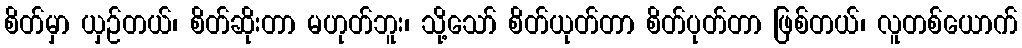
စိတ်မှာ ယှဉ်တယ်၊ စိတ်ဆိုးတာ မဟုတ်ဘူး၊ သို့သော် စိတ်ယုတ်တာ စိတ်ပုတ်တာ ဖြစ်တယ်၊ လူတစ်ယောက်